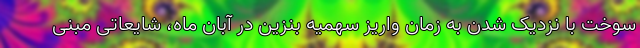
سوخت با نزدیک شدن به زمان واریز سهمیه بنزین در آبان ماه، شایعاتی مبنی